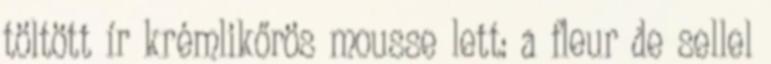
töltött ír krémlikőrös mousse lett: a fleur de sellel